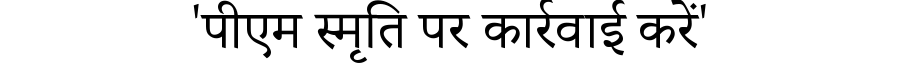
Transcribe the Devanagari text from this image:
'पीएम स्मृति पर कार्रवाई करें'